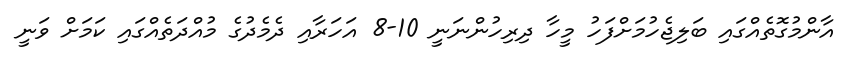
އާންމުގޮތެއްގައި ބަލިޖެހުމަށްފަހު މީހާ ދިރިހުންނަނީ 10-8 އަހަރާއި ދެމެދުގެ މުއްދަތެއްގައި ކަމަށް ވަނީ